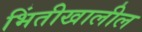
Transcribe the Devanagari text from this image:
भिंतीखालील